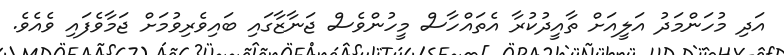
އަދި މުހަންމަދު އަލީއަށް ތާއީދުކުރާ އެތައްހާސް މީހުންވެސް ޖަނާޒާގައި ބައިވެރިވުމަށް ޖަމާވެފައި ވެއެވެ.